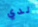
لدي